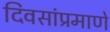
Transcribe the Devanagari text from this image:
दिवसांप्रमाणे